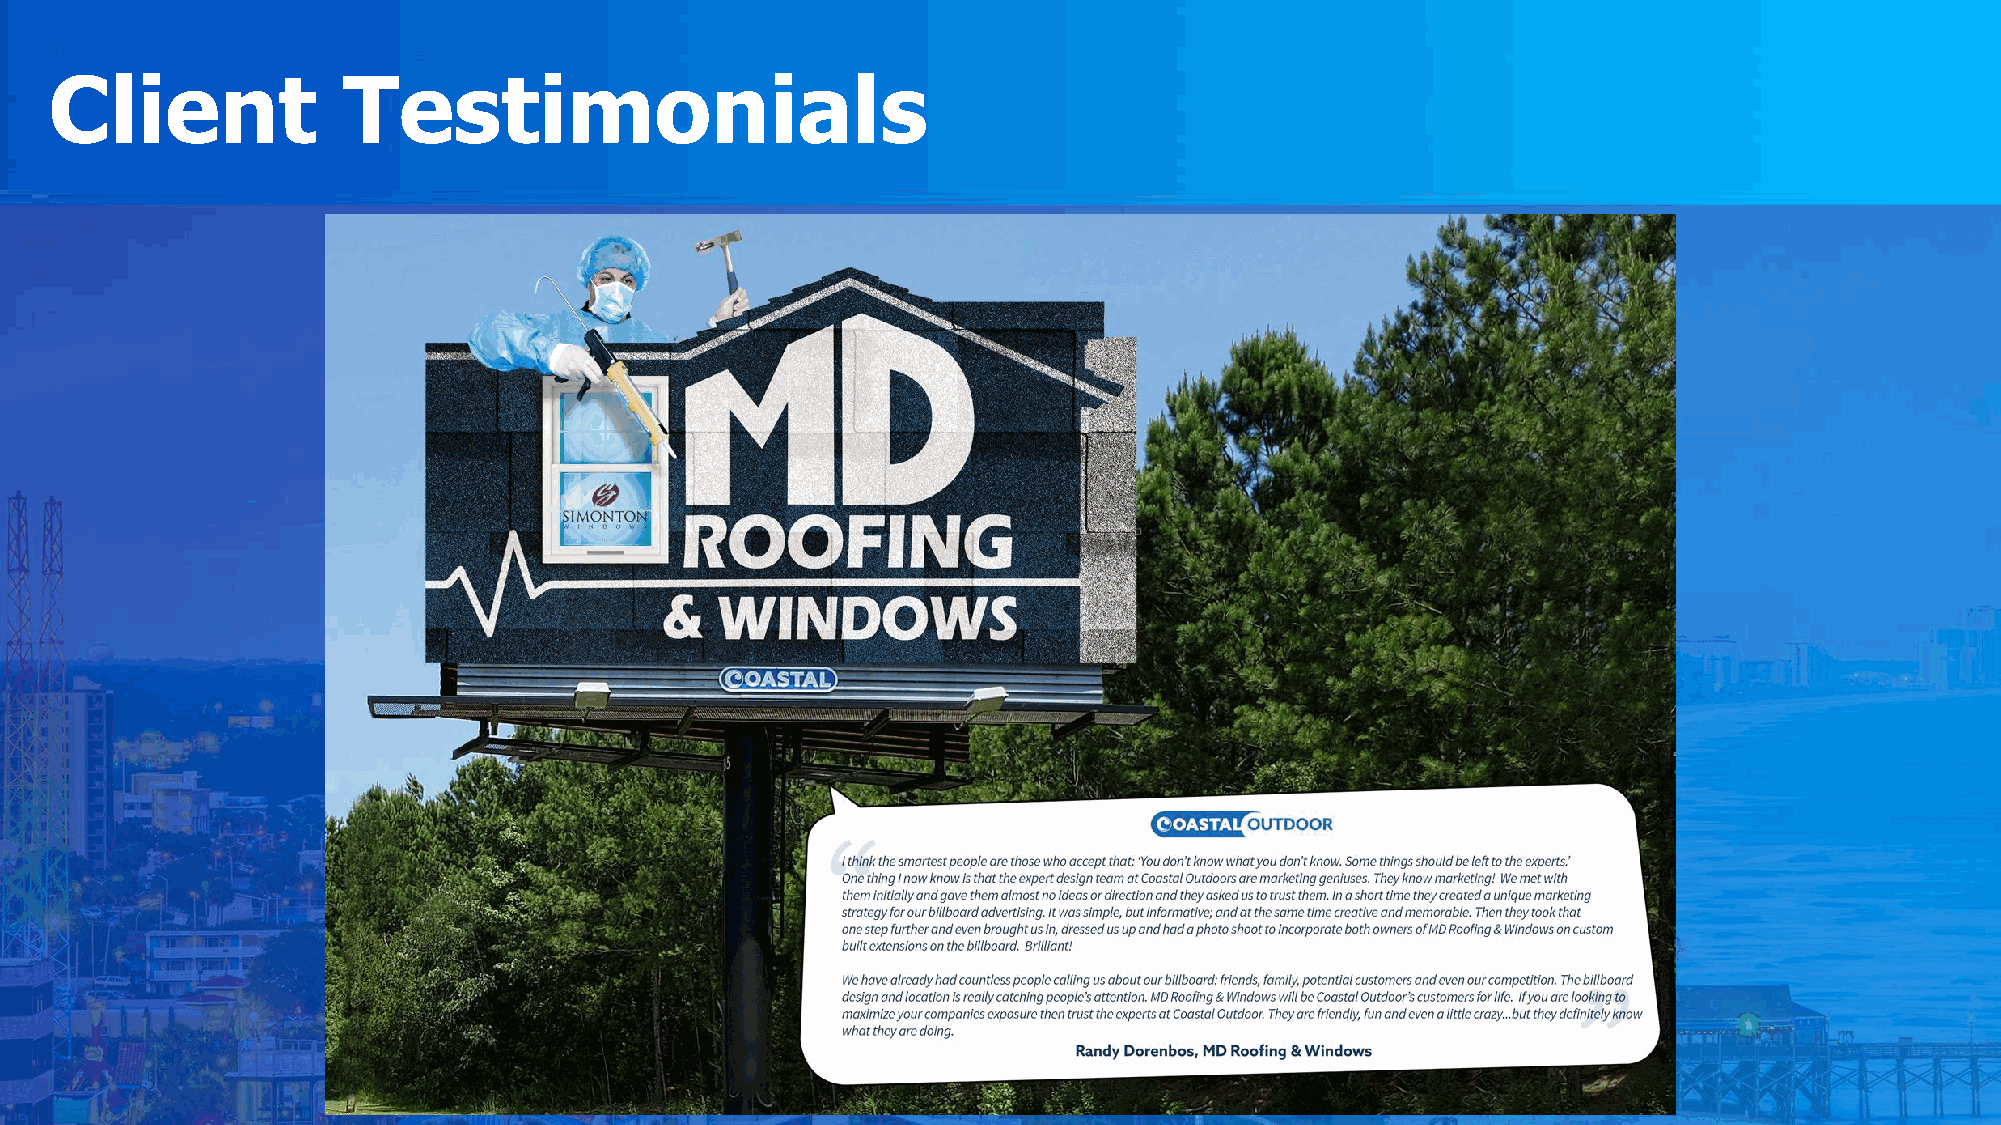
Client              Testimonials
 Randy    Dorenbos
 MD   Roofing   &  Windows